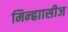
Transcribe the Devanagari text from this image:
मिन्ह्राासीज